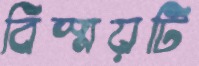
বিস্ময়টি